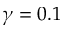
\gamma = 0 . 1